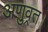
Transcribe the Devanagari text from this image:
अणुव्रत।